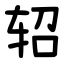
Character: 轺